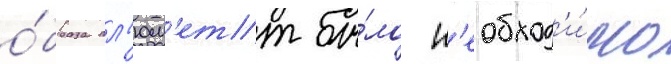
о́браза пл'юм'етт бы́ло н'еобход'и́мо